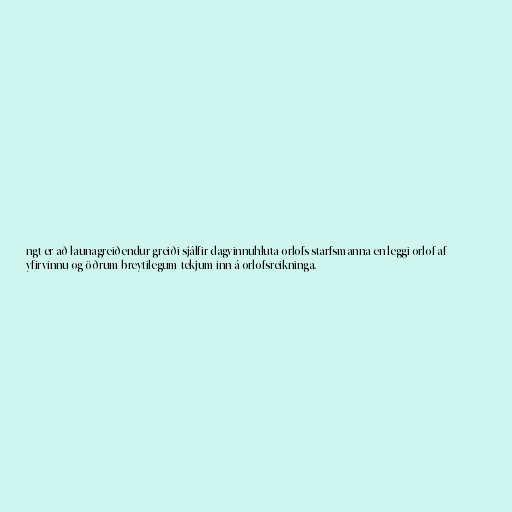
ngt er að launagreiðendur greiði sjálfir dagvinnuhluta orlofs starfsmanna en leggi orlof af
yfirvinnu og öðrum breytilegum tekjum inn á orlofsreikninga.